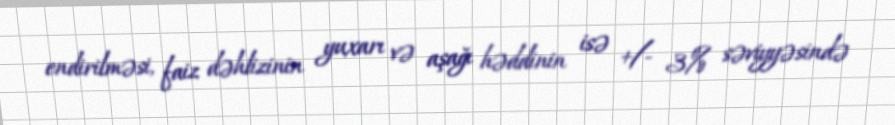
endirilməsi, faiz dəhlizinin yuxarı və aşağı həddinin isə +/- 3% səviyyəsində